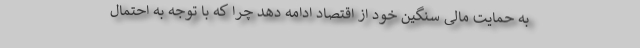
به حمایت مالی سنگین خود از اقتصاد ادامه دهد چرا که با توجه به احتمال